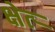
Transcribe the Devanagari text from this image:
क्षेत्र्‍